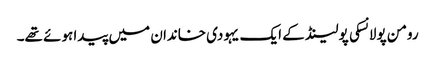
رومن پولانسکی پولینڈ کے ایک یہودی خاندان میں پیدا ہوئے تھے۔